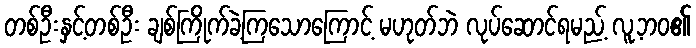
တစ်ဦးနှင့်တစ်ဦး ချစ်ကြိုက်ခဲ့ကြသောကြောင့် မဟုတ်ဘဲ လုပ်ဆောင်ရမည့် လူ့ဘဝ၏